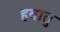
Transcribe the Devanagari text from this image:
हवातु